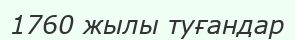
1760 жылы туғандар